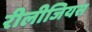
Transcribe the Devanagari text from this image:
रीलीजियस